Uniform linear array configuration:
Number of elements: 24
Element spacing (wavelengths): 1
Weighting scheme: hamming
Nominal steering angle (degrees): -15
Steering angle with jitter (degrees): -16.417
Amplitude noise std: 0.05
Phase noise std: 0.05

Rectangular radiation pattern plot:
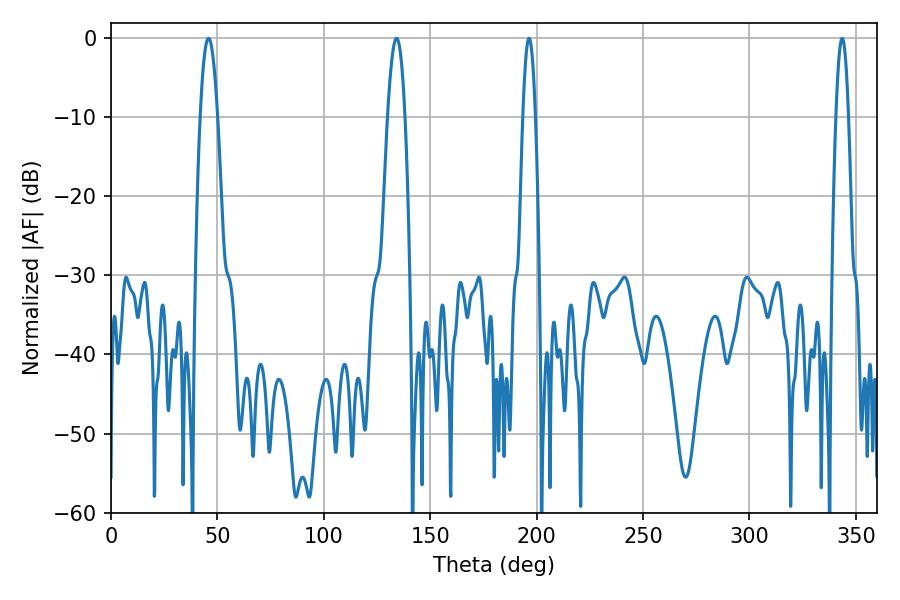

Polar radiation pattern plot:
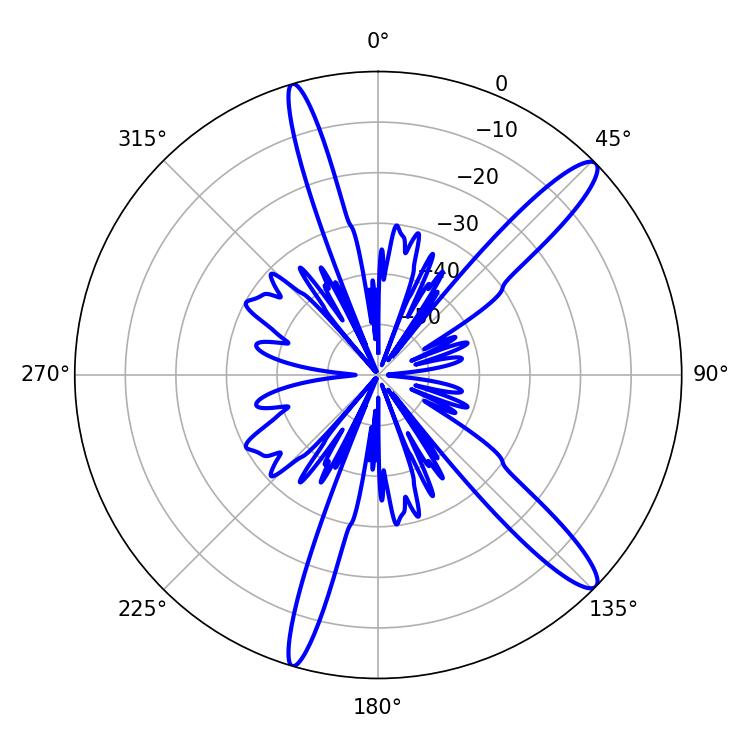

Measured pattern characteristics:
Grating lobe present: TRUE
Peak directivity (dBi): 13.607
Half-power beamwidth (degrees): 3.24
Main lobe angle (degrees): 196.38